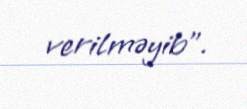
verilməyib”.